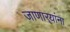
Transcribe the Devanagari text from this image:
जाणार्‍यांना